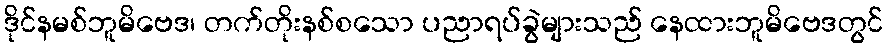
ဒိုင်နမစ်ဘူမိဗေဒ၊ တက်တိုးနစ်စသော ပညာရပ်ခွဲများသည် နေထားဘူမိဗေဒတွင်